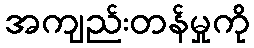
အကျည်းတန်မှုကို